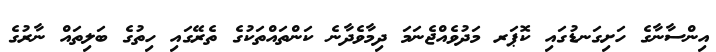
އިންސާނާގެ ހަށިގަނޑުގައި ކޮޕަރ މަދުވެއްޖެނަމަ ދިމާވެދާނެ ކަންތައްތަކުގެ ތެރޭގައި ހިތުގެ ބަލިތައް ނާރުގެ